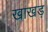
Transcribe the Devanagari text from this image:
खाखड़